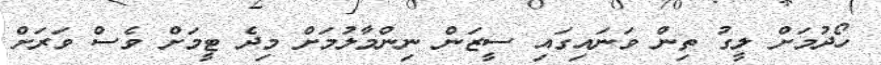
ހޯދުމަށް ލީގު ތިން ވަނައިގައި ސީޒަން ނިންމާލުމަށް މިދެ ޓީމަށް ވެސް ވަރަށް